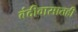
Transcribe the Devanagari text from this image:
बंदीवासातही